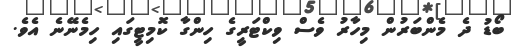
ބޯޑު ދެ މެންބަރުން މިހާރު ވެސް ވިކްޓަރީގެ ހިންގާ ކޮމިޓީގައި ހިމެނޭނެ އެވެ.